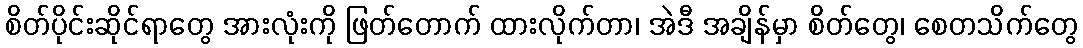
စိတ်ပိုင်းဆိုင်ရာတွေ အားလုံးကို ဖြတ်တောက် ထားလိုက်တာ၊ အဲဒီ အချိန်မှာ စိတ်တွေ၊ စေတသိက်တွေ